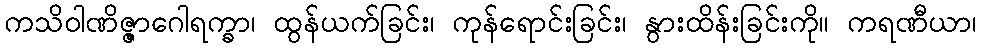
ကသိဝါဏိဇ္ဇာဂေါရက္ခာ၊ ထွန်ယက်ခြင်း၊ ကုန်ရောင်းခြင်း၊ နွားထိန်းခြင်းကို။ ကရဏီယာ၊